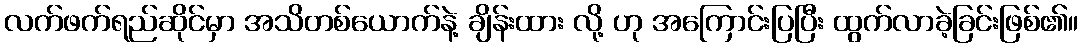
လက်ဖက်ရည်ဆိုင်မှာ အသိတစ်ယောက်နဲ့ ချိန်းထား လို့ ဟု အကြောင်းပြပြီး ထွက်လာခဲ့ခြင်းဖြစ်၏။